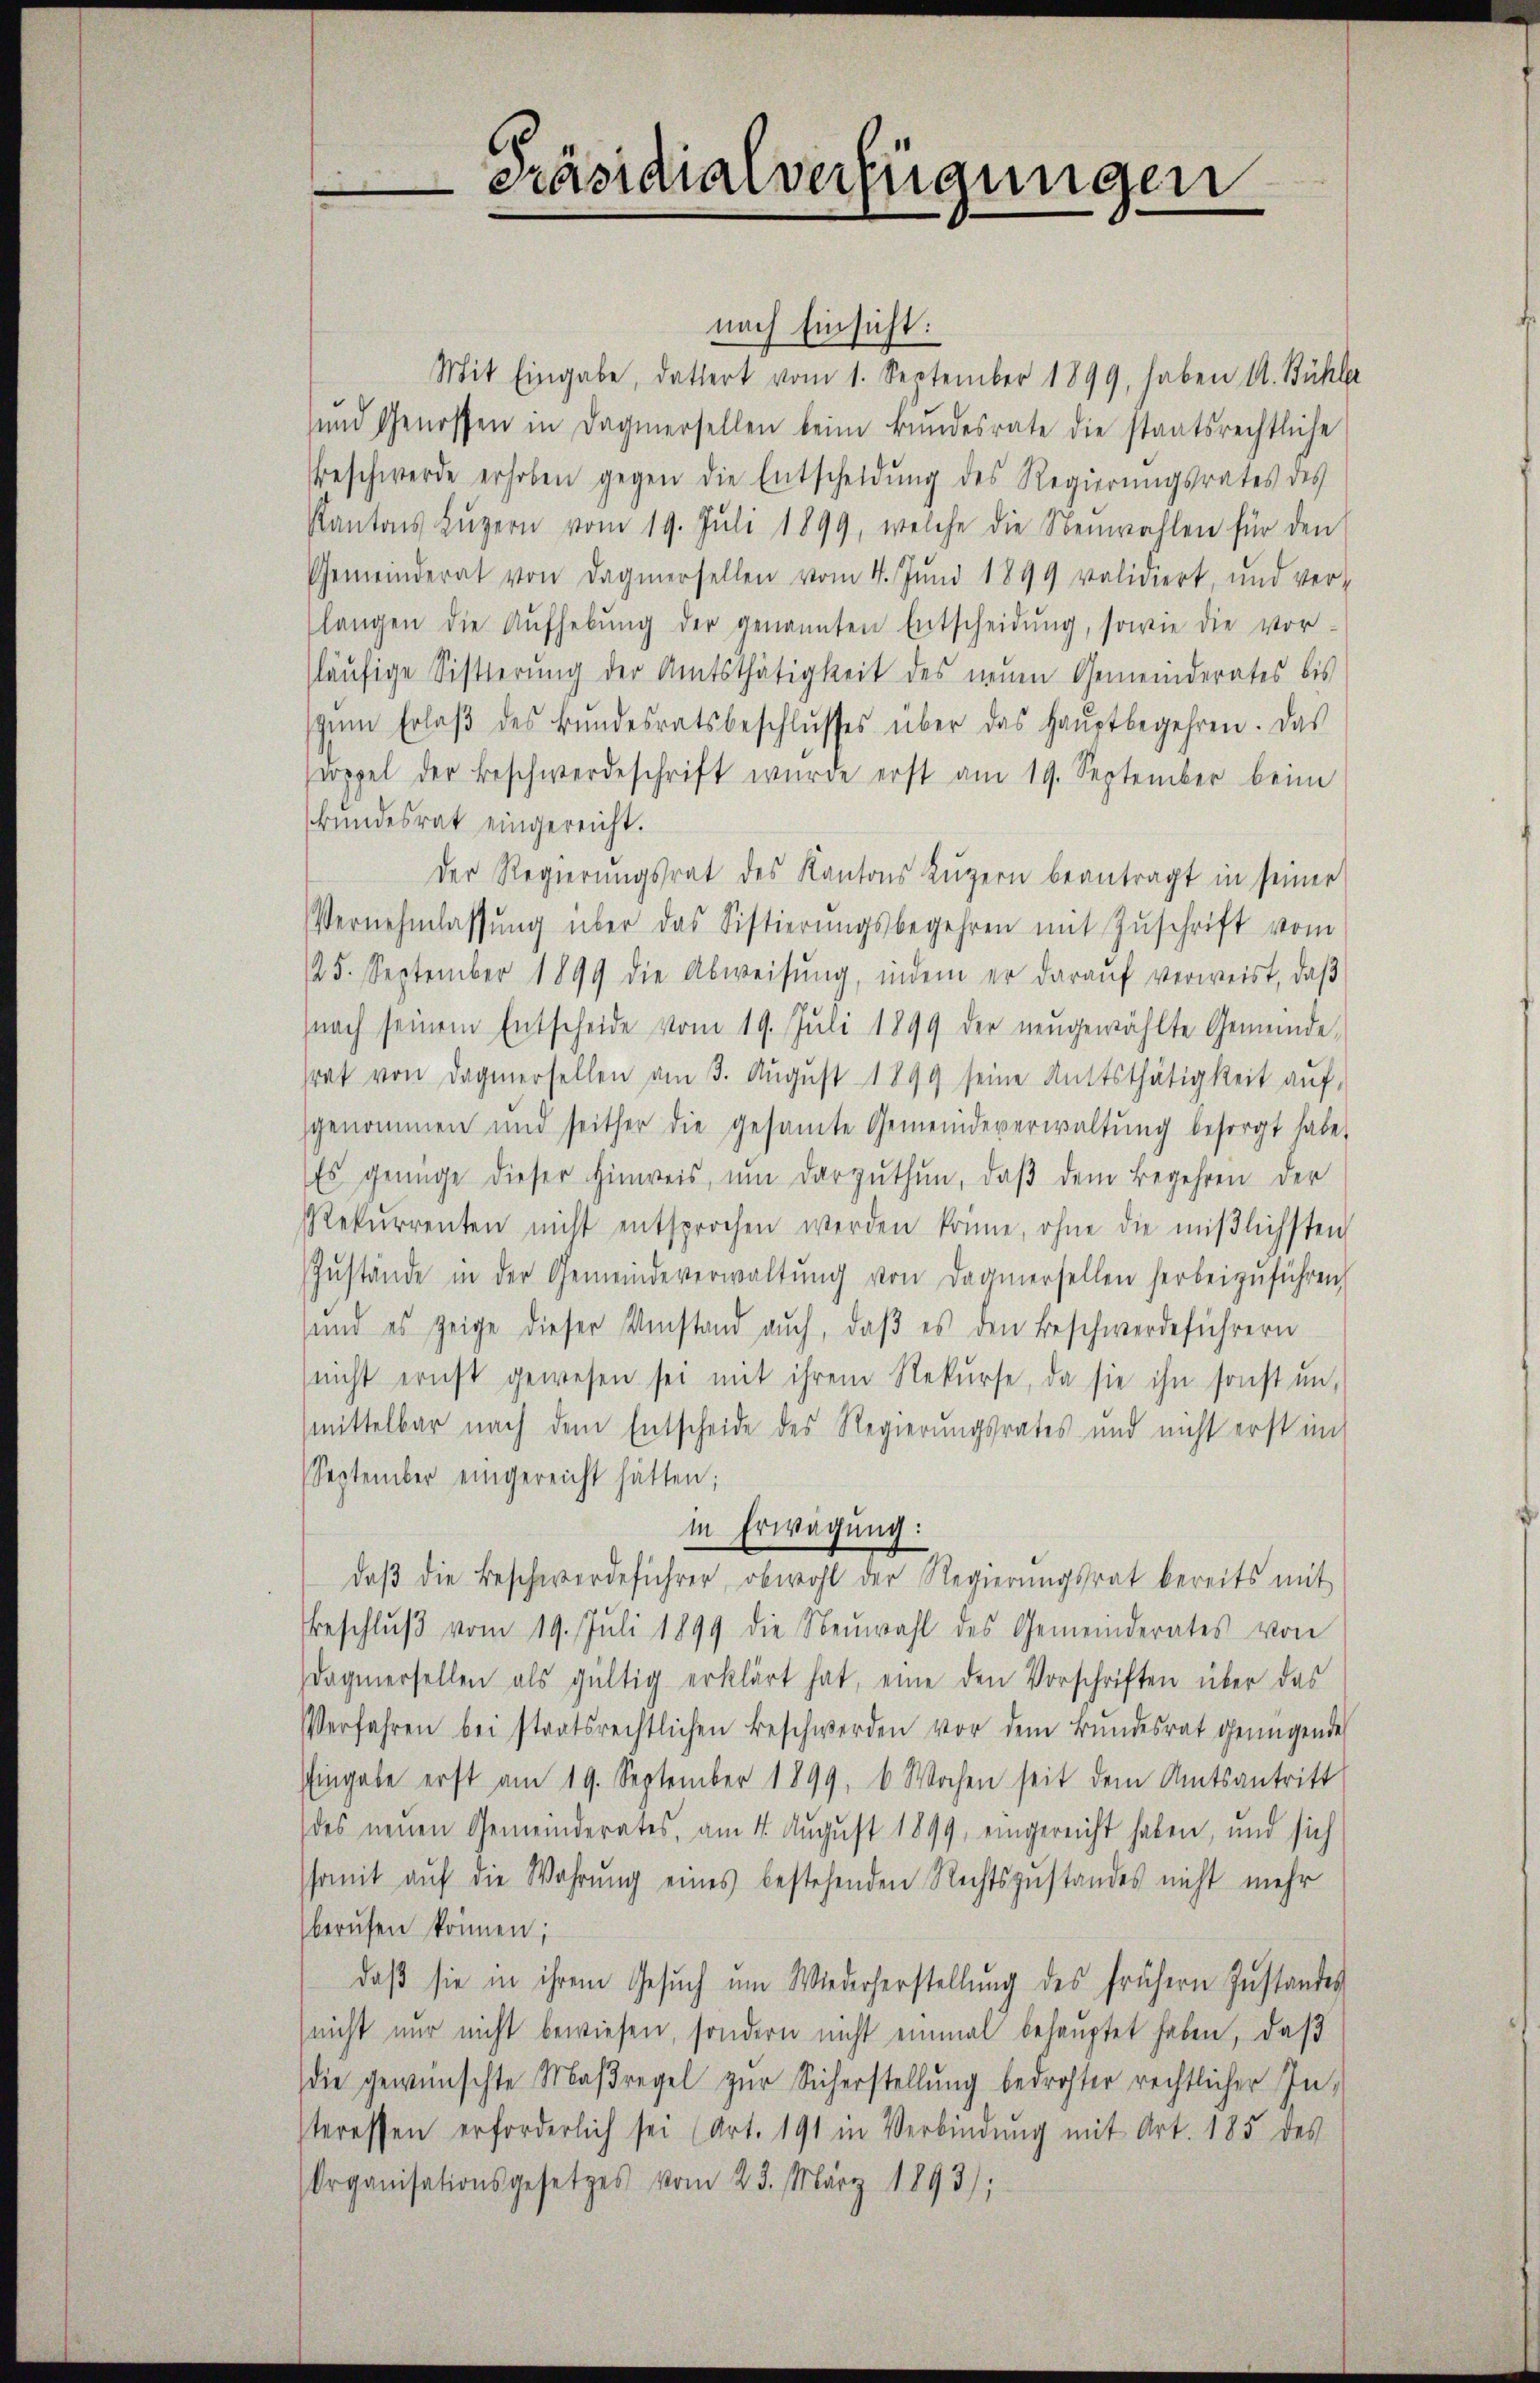
Präsidialverfügungen

nach Einsicht:
Mit Eingabe, datiert vom 1. September 1899, haben A. Bühl
und Genossen in dagnersellen beim Bundesrate die staatsrechtliche
eschwerde erhoben gegen die Entscheidŭng des Regierŭngsrates des
Kantons Lŭzern vom 19. Juli 1899, welche die Neuwahlen für den
Gemeinderat von dagnersellen vom 4. Jŭni 1899 validiert, und ver-
langen die Aŭfhebŭng der genannten Entscheidŭng, sowie die vor-
släufige Sistierung der Amtsthätigkeit des neuen Gemeinderates bis
zŭm Erlaβ des Bŭndesratsbeschlŭsses über das Haŭptbegehren. Das
doppel der Beschwerdeschrift wurde erst am 19. September beim
kundesrat eingereicht.
Der Regierŭngsrat des Kantons Lŭzern beantragt in seiner
Vernehmlassŭng über das Sistierŭngsbegehren mit Zŭschrift vom
125. September 1899 die Abweisŭng, indem er daraŭf verweist, daβ
nach seinem Entscheide vom 19. Juli 1899 der neŭgewählte Gemeinde,
srat von dagnersellen am 3. Aŭgŭst 1899 seine Mittsthätigkeit aŭf
sgenommen und seither die gesamte Gemeindeverwaltŭng besorgt habe,
Es genüge dieser Hinweis ŭm darzŭthŭn, daβ dem Begehren der
Rekurrenten nicht entsprochen werden könne, ohne die miβlichsten
Zŭstände in der Gemeindeverwaltŭng von dagnersellen herbeizŭführen,
sund es zeige dieser Umstand auch, daβ es den Beschwerdeführern
nicht ernst gewesen sei mit ihrem Rekŭrse, da sie ihn sonst unmittelbar nach dem Entscheide des Regierungsrates und nicht erst im
September eingereicht hätten;
in Erwägung:
daβ die Beschwerdeführer, obwohl der Regierŭngsrat bereits mit
Beschlŭβ vom 19. Juli 1899 die Neuwahl des Gemeinderates von
dagenersellen als gültig erklärt hat, eine den Vorschriften über das
Verfahren bei staatsrechtlichen Beschwerden vor dem Bundesrat genügende
Eingabe erst am 19. September 1899, 6 Wochen seit dem Amtsantritt
des neuen Gemeinderates, am 4. August 1899, eingereicht haben, und sich
somit auf die Wahrung eines bestehenden Rechtszustandes nicht mehr
berufen können;
daß sie in ihrem Gesuch um Wiederherstellung des frühern Instandes
(nicht nur nicht bewiesen, sondern nicht einmal behauptet haben, daß
die gewünschte Maßregel zur Sicherstellung bedrohter rechtlicher Interessen erforderlich sei (Art. 191 in Verbindŭng mit Art. 185 des
Organisationsgesetzes vom 23. März 1893);